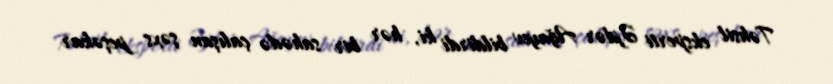
Təhsil eksperti Əjdər Ağayev bildirdi ki, hər bir sahədə çalışan şəxs peşəkar